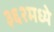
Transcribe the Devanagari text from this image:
३६२मध्ये